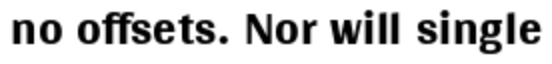
no offsets. Nor will single